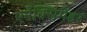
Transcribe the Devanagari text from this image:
एनैक्सिमेंडर